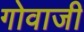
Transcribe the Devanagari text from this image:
गोवाजी